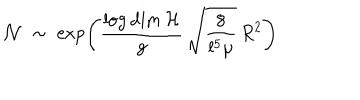
LaTeX: { \cal N } \; \sim \; \exp \left( \frac { \log \dim { \cal H } } { g } \, \sqrt { \frac { 8 } { l ^ { 5 } \mu } } \, R ^ { 2 } \right)